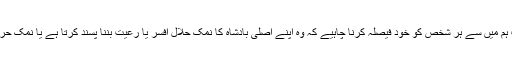
اب ہم میں سے ہر شخص کو خود فیصلہ کرنا چاہیے کہ وہ اپنے اصلی بادشاہ کا نمک حلال افسر یا رعیت بننا پسند کرتا ہے یا نمک حرام؟